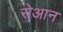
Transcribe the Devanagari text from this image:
रोआन